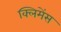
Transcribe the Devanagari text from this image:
क्लिमेंस